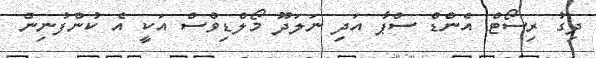
ދިގު ރިސޯޓް އެންޑް ސްޕާ އަދި ނަލަދޫ މޯލްޑިވްސް އަކީ އެ ކުންފުނިން